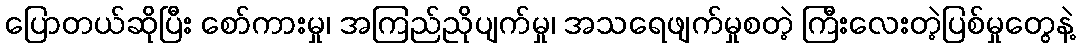
ပြောတယ်ဆိုပြီး စော်ကားမှု၊ အကြည်ညိုပျက်မှု၊ အသရေဖျက်မှုစတဲ့ ကြီးလေးတဲ့ပြစ်မှုတွေနဲ့